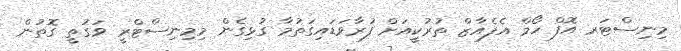
މިނިސްޓަރ އޮފް ހޯމް އެފެއާޒް ތުރުކީއަށް ފުރާވަޑައިގަތުމާ ގުޅިގެން މިމިނިސްޓްރީ ވަގުތީ ގޮތުން